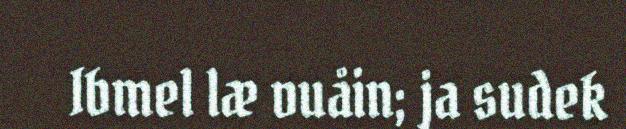
Ibmel læ vuåin; ja sudek